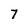
Character: 7